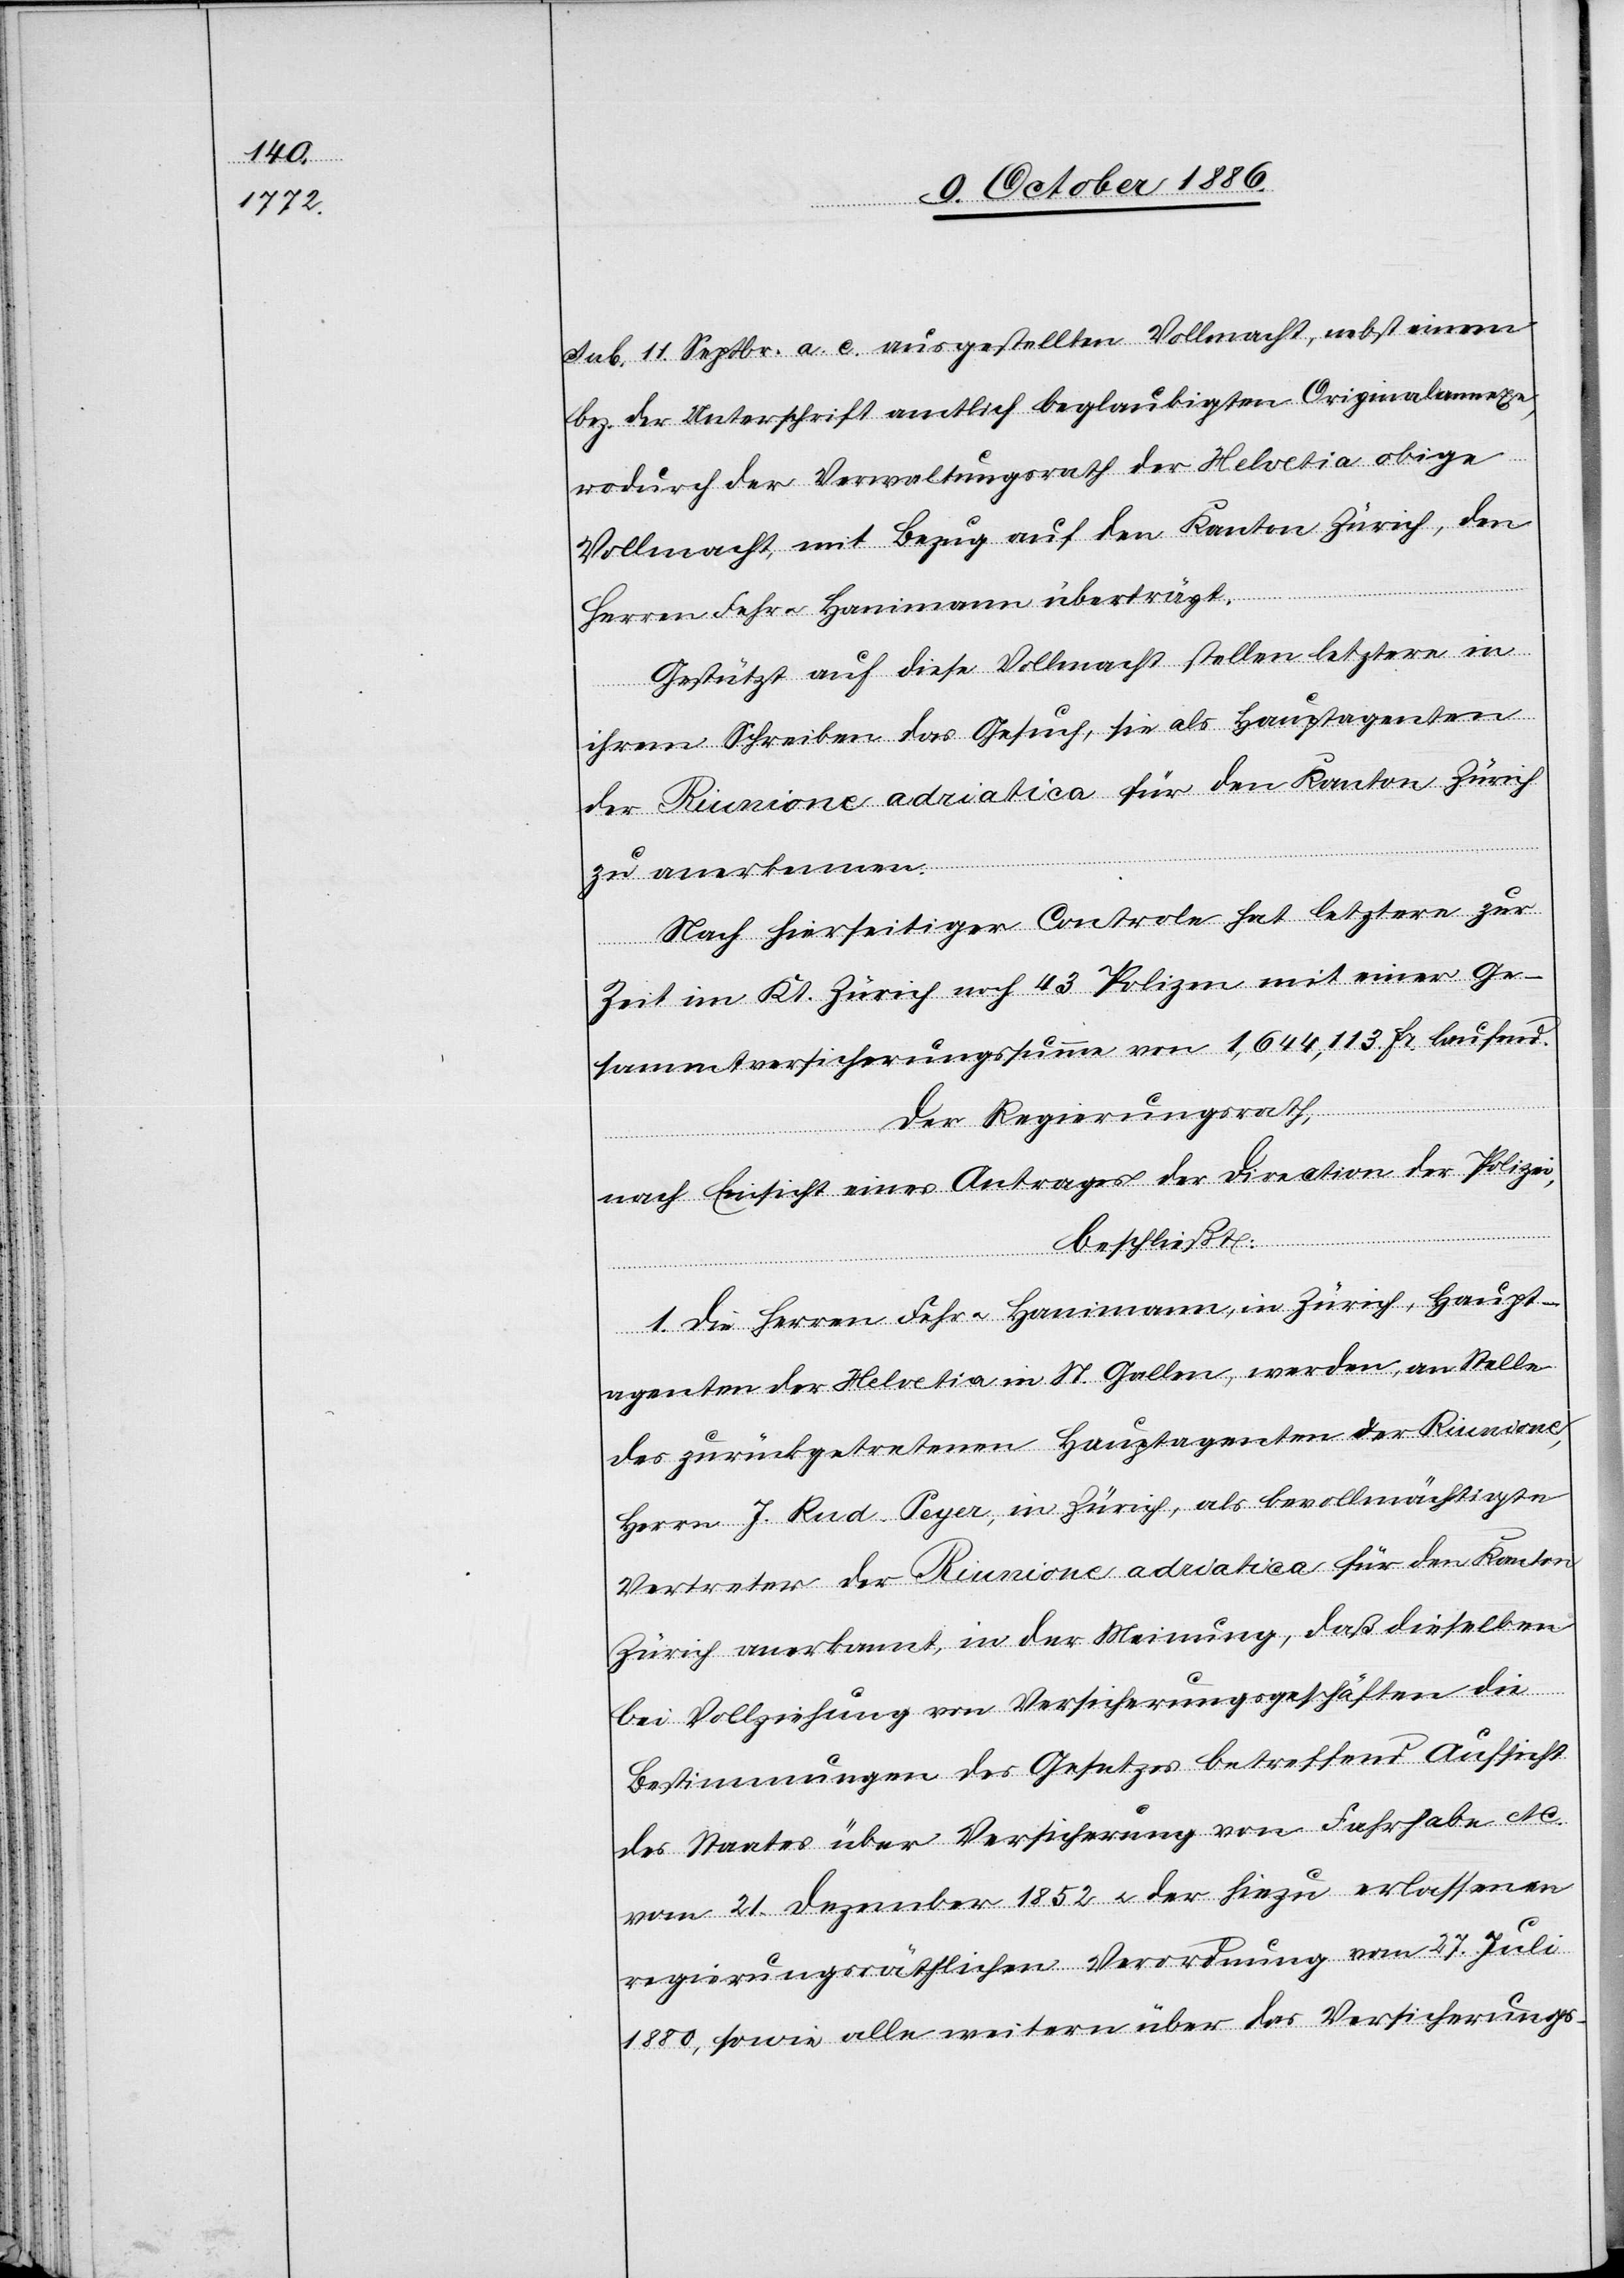
sub. 11. Septbr. a. c. ausgestellten Vollmacht, nebst einem
bez. der Unterschrift amtlich beglaubigten Originalannexe,
wodurch der Verwaltunsgrath der Helvetia obige
Vollmacht, mit Bezug auf den Kanton Zürich, den
Herren Fehr & Hanimann überträgt.
Gestützt auf diese Vollmacht stellen letztere in
ihrem Schreiben das Gesuch, sie als Hauptagenten
der Riunione adriatica für den Kanton Zürich
zu anerkennen.
Nach hierseitiger Controle hat letztere zur
Zeit im Kt. Zürich noch 43 Polizen mit einer Ge¬
sammtversicherungssumme von 1,644,113 Fr. laufend.
Der Regierungsrath,
nach Einsicht eines Antrages der Direction der Polizei,
beschließt:
1. Die Herren Fehr & Hanimann, in Zürich, Haupt¬
agenten der Helvetia in St. Gallen, werden, an Stelle
des zurückgetretenen Hauptagenten der Riunione,
Herrn J. Rud. Peyer, in Zürich, als bevollmächtigte
Vertreter der Riunione adriatica für den Kanton
Zürich anerkannt, in der Meinung, daß dieselben
bei Vollziehung von Versicherungsgeschäften die
Bestimmungen des Gesetzes betreffend Aufsicht
des Staates über Versicherung von Fahrhabe etc.
vom 21. Dezember 1852 & der hiezu erlassenen
regierungsräthlichen Verordnung vom 27. Juli
1880, sowie alle weitern über das Versicherungs-